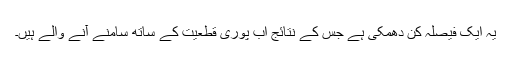
یہ ایک فیصلہ کن دھمکی ہے جس کے نتائج اب پوری قطعیت کے ساتھ سامنے آنے والے ہیں۔